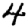
Digit: 4